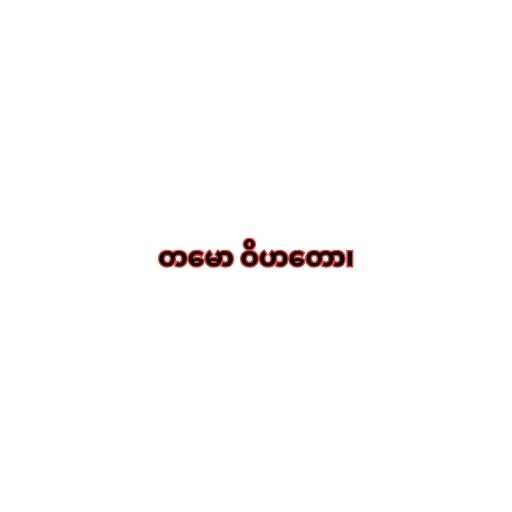
တမော ဝိဟတော၊